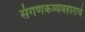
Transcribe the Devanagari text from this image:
संगणकव्यवहाराचे